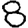
Digit: 8